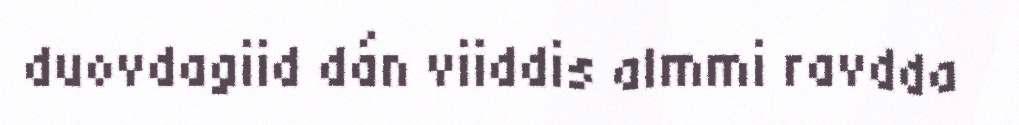
duovdagiid dán viiddis almmi ravdda